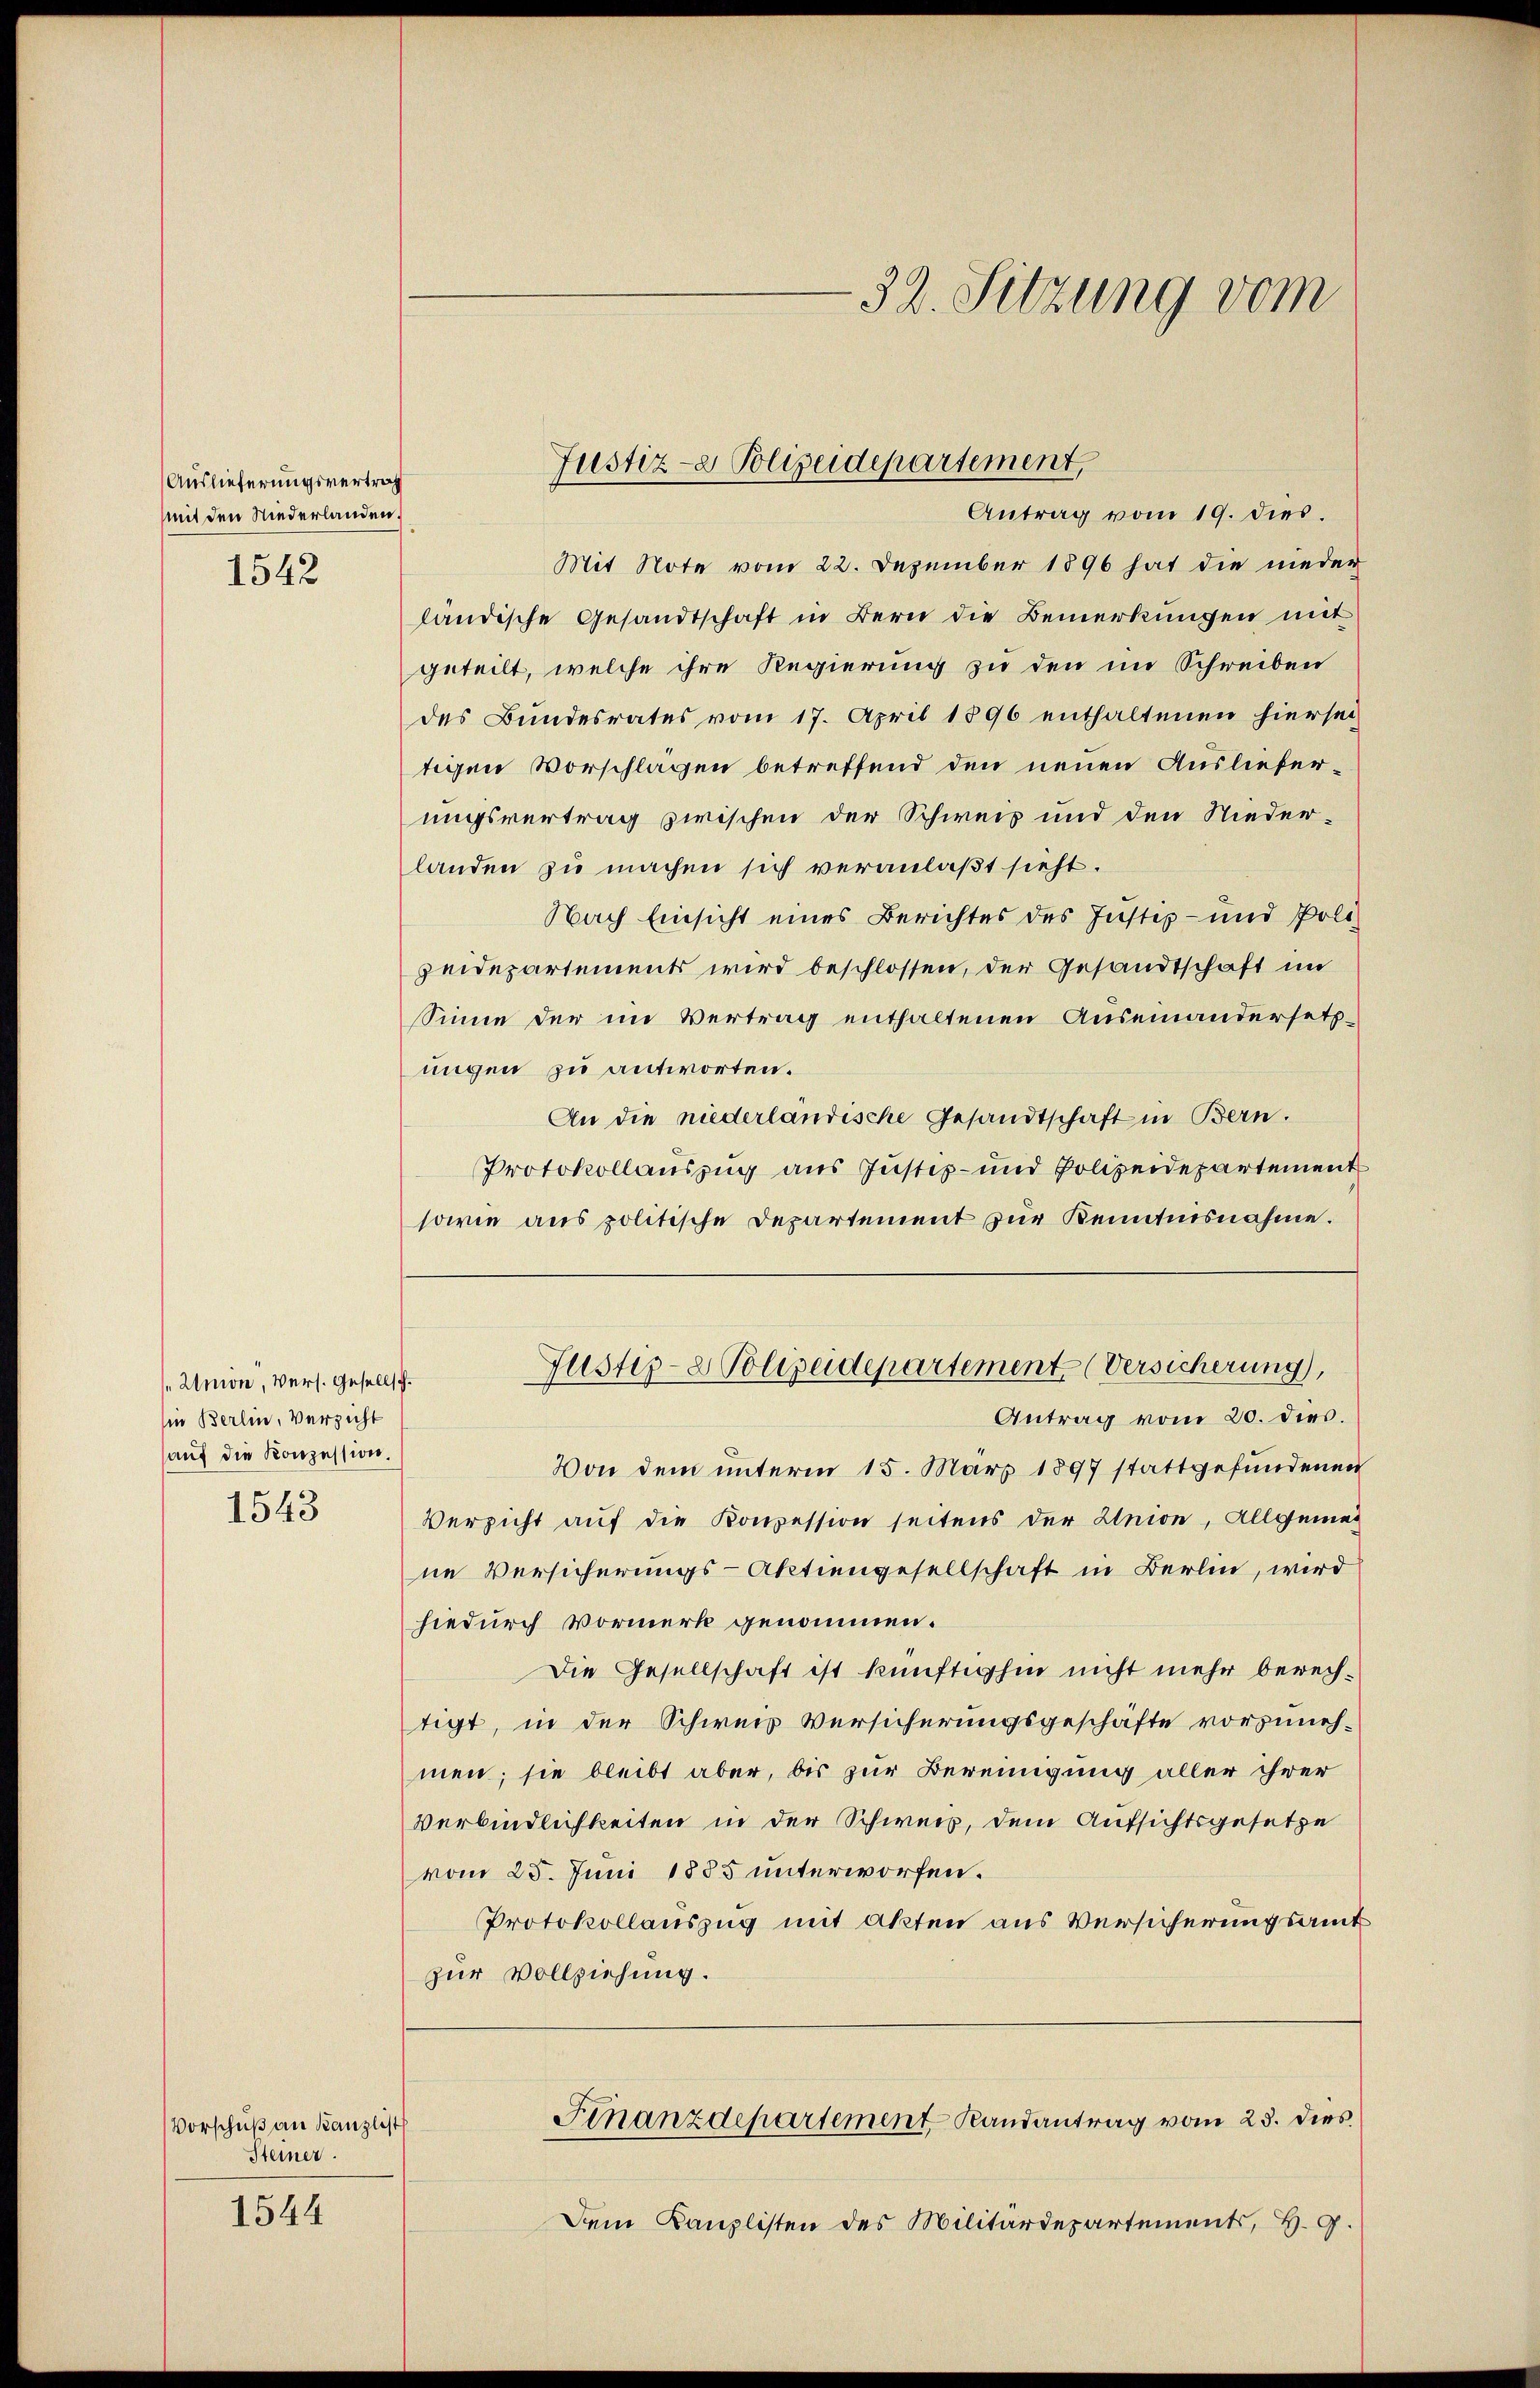
Auslieferungsvertrag
mit den Niederlanden.
1542

Union, Vers. Gesellsch.
in Berlin, Verzicht
auf die Konzession.
1543

Vorschuß an Kanzlist
Steiner

1544

Mit Note vom 22. Dezember 1896 hat die nieder
ländische Gesandtschaft in Bern die Bemerkungen mit
geteilt, welche ihre Regierung zu den im Schreiben
des Bundesrates vom 17. April 1896 enthaltenen hiersei
tigen Vorschlagen betreffend den neuen Auslieferungsvertrag zwischen der Schweis und den Niederlanden zu machen sich veranlaßt sieht.
Nach Einsicht eines Berichtes des Justiz- und Polizeidepartements wird beschlossen, der Gesandtschaft im
Sinne der im Vertrag enthaltenen Auseinandersetzungen zu antworten.
An die niederländische Gesandtschaft in Bern.
Protokollauszug aus Justiz- und Polizeidepartement
sowie aus politische Departement zur Kenntnisnahme.

32. Sitzung vom

Justiz- & Polizeidepartement,
Antrag vom 19. dies.

Von dem unterm 15. März 1897 stattgefundenen
Versicht auf die Konzession seitens der Union, Allgemei
ne Versicherungs-Aktiengesellschaft in Berlin, wird
hiedurch Vormerk genommen.
Die Gesellschaft ist künftighin nicht mehr berechtigt, in der Schweis Versicherungsgeschäfte vorzunehmen; sie bleibt aber, bis zur Bereinigung aller ihrer
verbindlichkeiten in der Schweis, dem Aufsichtsgesetze
vom 25. Juni 1885 unterworfen.
Protokollauszug mit akten aus Versicherungsamt
zur Vollziehung.
Finanzdepartement Randantrag vom 23. dies
Dem Kanzlisten des Militärdepartements, H. G.

Justiz- & Polizeidepartement (Versicherung),
Antrag vom 20. dies.